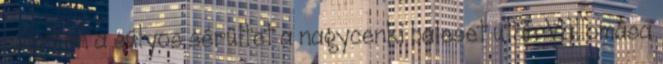
cserben a súlyos sérültet a nagycenki baleset után Vallomása